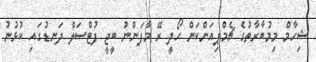
ޝިހާމް މިމުބާރާތުގެ ޗެމްޕިއަންކަން ހޯދީ ރޭ މާފަންނު ބީޖީ ފުޓްސަލް ދަނޑުގައި ކުޅުނު